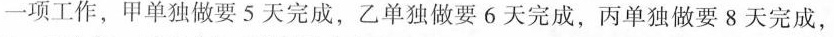
一项工作，甲单独做要5天完成，乙单独做要6天完成，丙单独做要8天完成，